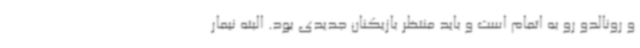
و رونالدو رو به اتمام است و باید منتظر بازیکنان جدیدی بود. البته نیمار